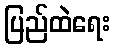
ပြည်ထဲရေး